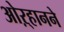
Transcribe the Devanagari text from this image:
ओऱ्हानने